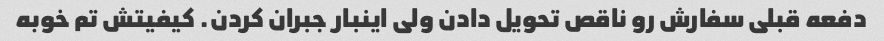
دفعه قبلی سفارش رو ناقص تحویل دادن ولی اینبار جبران کردن. کیفیتش تم خوبه